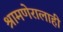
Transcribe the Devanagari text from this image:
श्रामणेरालाही